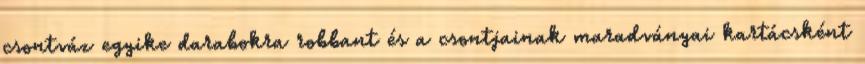
csontváz egyike darabokra robbant és a csontjainak maradványai kartácsként